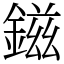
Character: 鎡